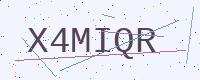
Text: X4MIQR